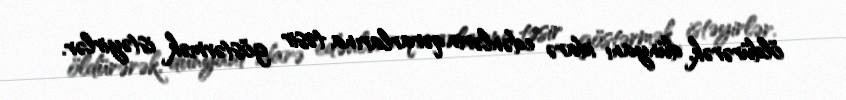
öldürərək, dünyanı idarə edənlərin qərarlarına təsir göstərmək istəyirlər.